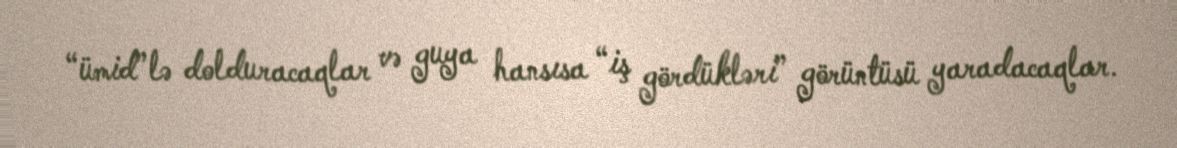
“ümid”lə dolduracaqlar və guya hansısa “iş gördükləri” görüntüsü yaradacaqlar.